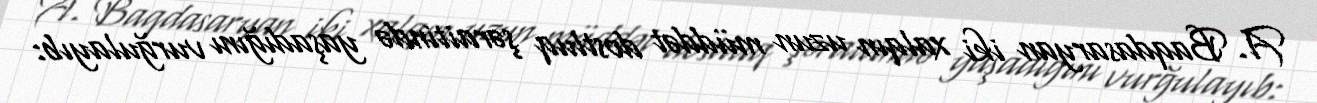
A. Baqdasaryan iki xalqın uzun müddət dostluq şəraitində yaşadığını vurğulayıb: